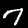
Label: 7